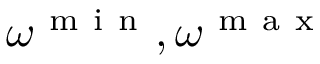
\omega ^ { \mathrm { ~ m ~ i ~ n ~ } } , \omega ^ { \mathrm { ~ m ~ a ~ x ~ } }